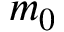
m _ { 0 }